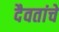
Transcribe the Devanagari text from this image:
दैवतांचे